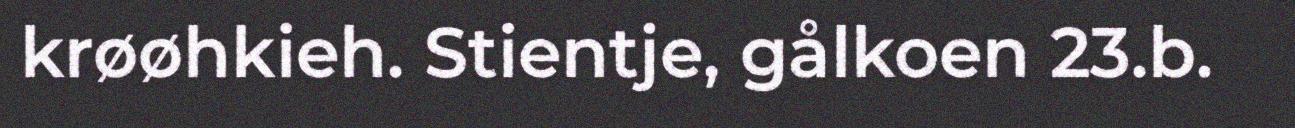
krøøhkieh. Stientje, gålkoen 23.b.